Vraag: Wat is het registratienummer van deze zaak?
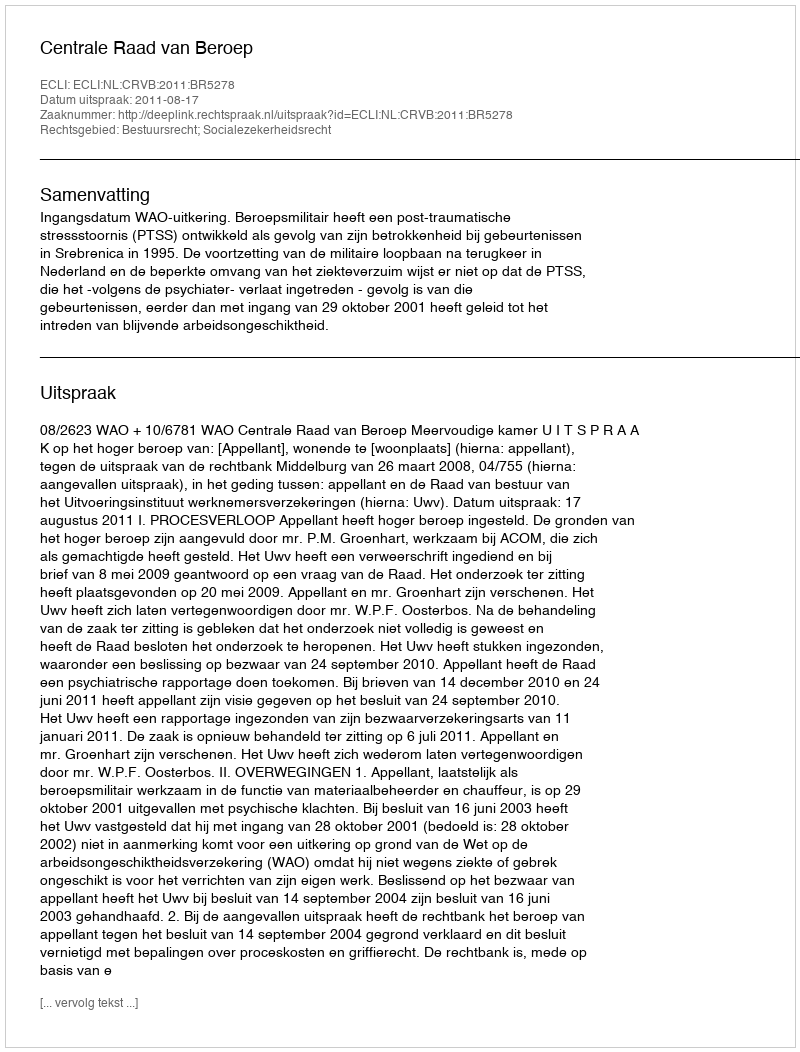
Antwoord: http://deeplink.rechtspraak.nl/uitspraak?id=ECLI:NL:CRVB:2011:BR5278